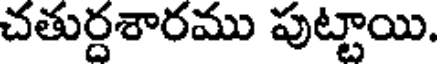
చతుర్దశారము పుట్టాయి.